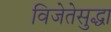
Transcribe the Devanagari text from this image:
विजेतेसुद्धा